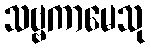
သဗ္ဗကာမေသု